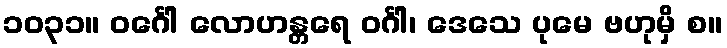
၁၀၃၁။ ဝင်္ဂေါ လောဟန္တရေ ဝင်္ဂါ၊ ဒေသေ ပုမေ ဗဟုမှိ စ။